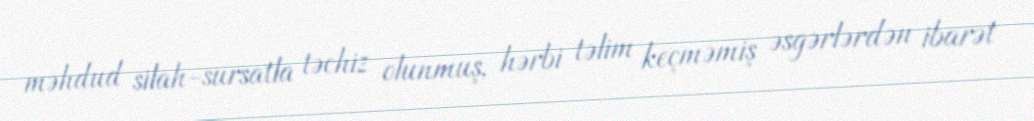
məhdud silah-sursatla təchiz olunmuş, hərbi təlim keçməmiş əsgərlərdən ibarət